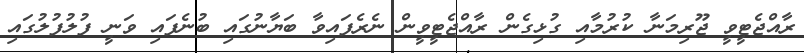
ރާއްޖެޓީވީ ޖޫރިމަނާ ކުރުމާއި ގުޅިގެން ރާއްޖެޓީވީން ނެރެފައިވާ ބަޔާނުގައި ބުނެފައި ވަނީ ފުލުފުލުގައި